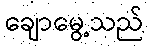
ချောမွေ့သည်